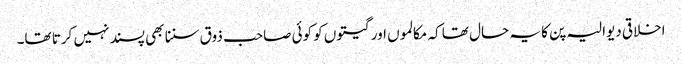
اخلاقی دیوالیہ پن کا یہ حال تھا کہ مکالموں اور گیتوں کو کوئی صاحب ذوق سننا بھی پسند نہیں کرتا تھا۔